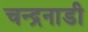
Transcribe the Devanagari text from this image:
चन्द्रनाडी